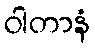
ဝါတာနံ